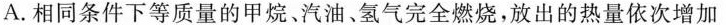
A.相同条件下等质量的甲烷。汽油、氢气完全燃烧，放出的热量依次增加